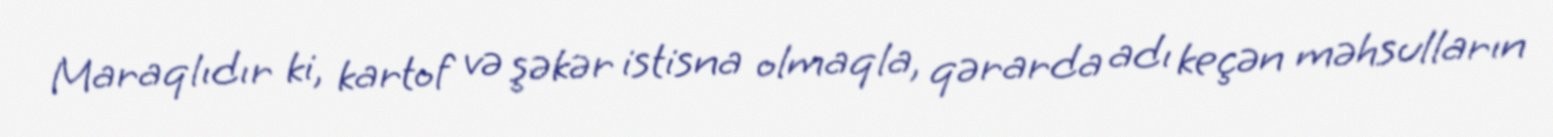
Maraqlıdır ki, kartof və şəkər istisna olmaqla, qərarda adı keçən məhsulların